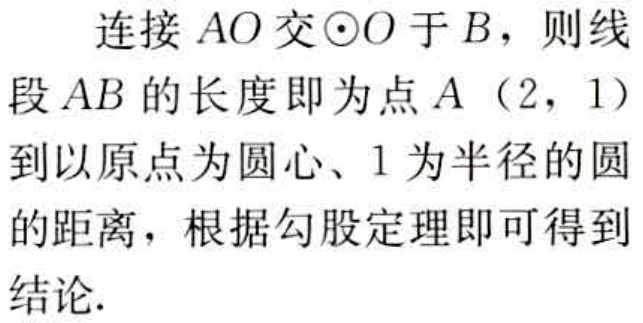
连接 \(AO\) 交 \(\odot O\) 于 \(B\)，则线段 \(AB\) 的长度即为点 \(A(2,1)\) 到以原点为圆心、\(1\) 为半径的圆的距离，根据勾股定理即可得到结论.